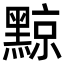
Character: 黥